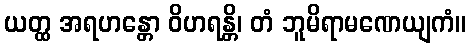
ယတ္ထ အရဟန္တော ဝိဟရန္တိ၊ တံ ဘူမိရာမဏေယျကံ။